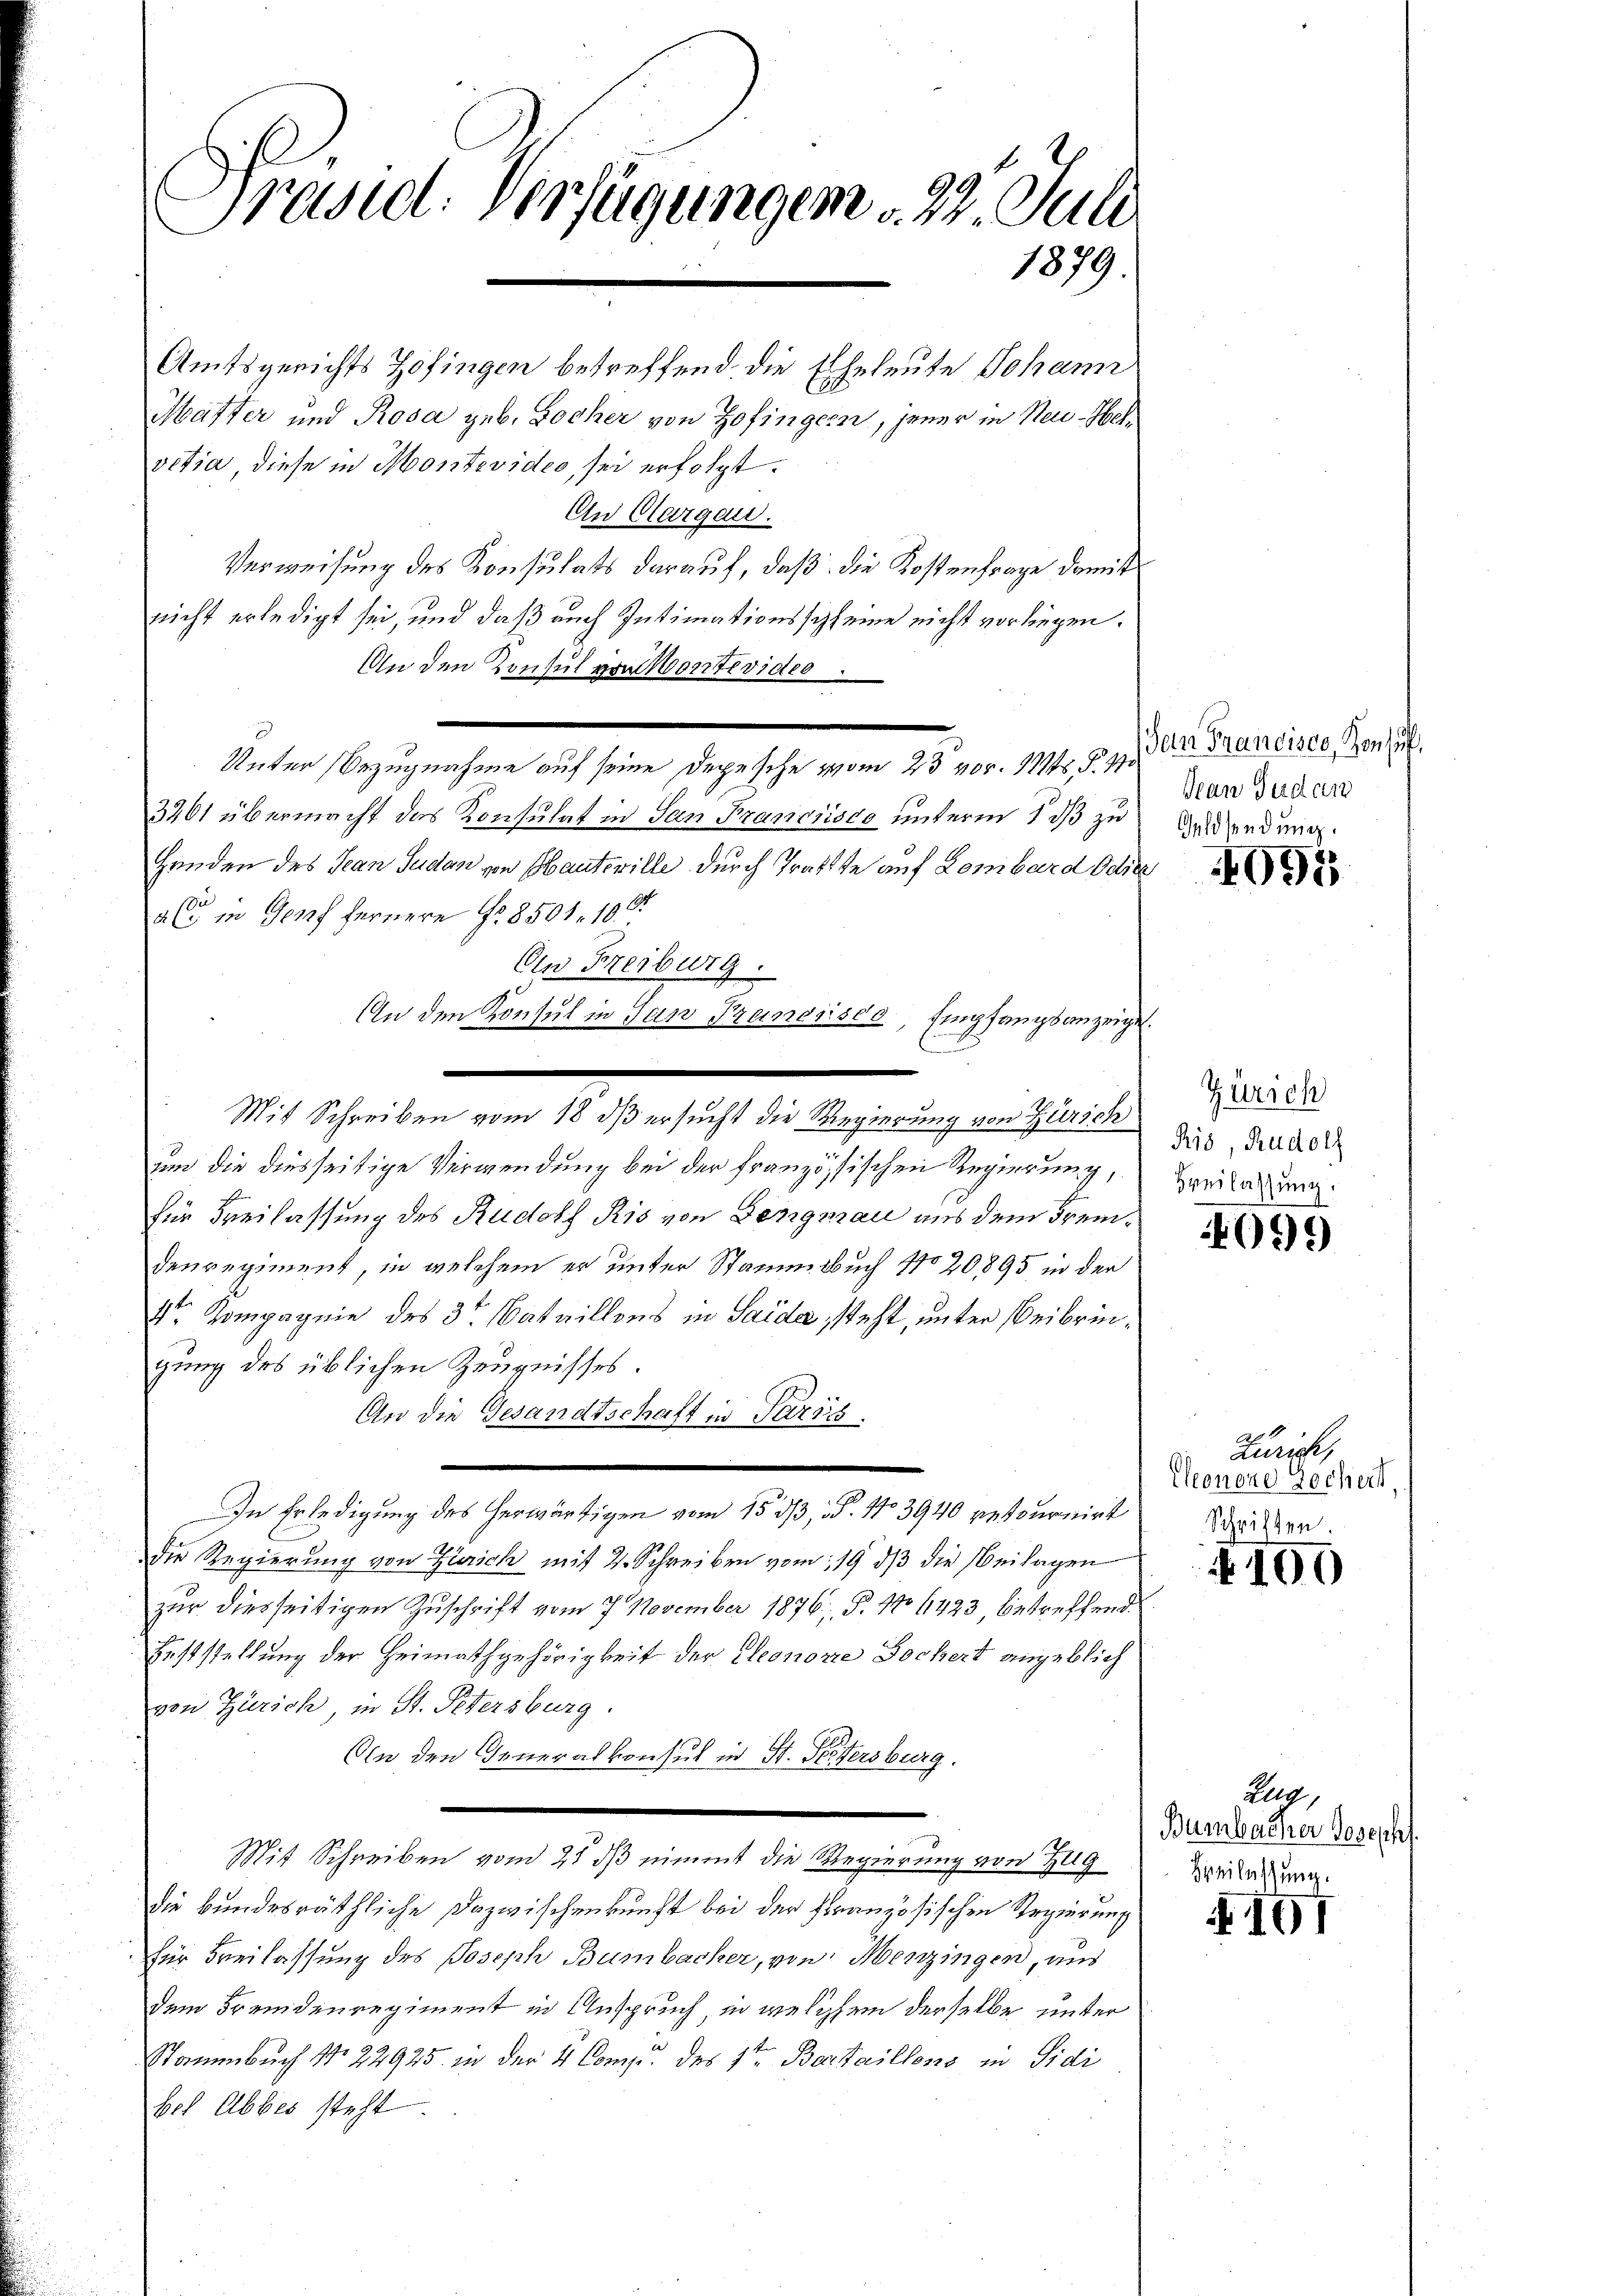
Präsid. Verfügungen d. 22. Juli
1879
Amtsgerichts Zofingen betreffend, die Eheleute Johann
Mafter und Rosa geb. Bocher von Zofingern, jener in Neu-Hef

vetia, diese in Montevideo, sei erfolgt.
An Clargau.
Verweisung des Konsulats darauf, daß die Kostenfrage damit
nicht erledigt sei, und daß auch Intimationsschleine nicht vorliegen.
An den Konsul von Montevideo
¬
Unter Bezugnahme auf seine Depesche vom 23 vor. 11. §. 7.
3201 übermacht das Konsulat in San Francisco unterm 1 d zu
Handen des Jean Sudan von Hauteville durch Trakte auf Lombard Odie
a C in Genf fernere Nr. 8501, 10
On Freiburg
.
Mit Schreiben vom 18 dß ersucht die Regierung von Zürich
um die diesseitige Verwendung bei der französischen Regierung,
für Freilassung des Rudolf Ris von Bergman aus dem Fremdenregiment, in welchem er unter Staume Buch 11020,895 in der
4te Kompagnie des 3te Bataillons in Saide steht, unter Beibringung des üblichen Zeugnisses.
An die Gesandtschaft in Paris
In Erledigung des herwärtigen vom 1533, § 113940 retournirt
Die Regierung von Zürich mit 2. Schreiben vom 19. ds die Beilagen
zur diesseitigen Zuschrift vom 7. November 1876; P. No 1423 betreffend
Feststellung der Heimathgehörigkeit der Eleonorie Dochert angeblich
von Zürich in St. Petersburg.
An den Generalkonsul in St. Seitersburg.
n
Mit Schreiben vom 21 dß nimmt die Regierung von Zug
die bundesräthliche Dazwischenkunft bei der Französischen Regierung
für Freilassung des Joseph Bumbacher, von Menzingen, und
dem Fremdenregiment in Anspruch, in welchem derselbe unter
Stammbuch No 22925. in der 4 Comp. des 1ten Bataillons in Fidi
bet Abbes steht

¬

An den Konsul in San Prenesisdo, Empfangsanzeiget.
E
.

San Francisco, Konsul,
Jean Gudan
Geldsendung.

095

Zürich
Ris, Rudolf
Beilassung.

4099

Kuns
Cleonore sochert,
Schriften.

100

Zug,
Bumbaener Josepht.
Heilassung.

A 101